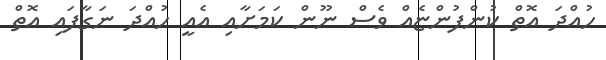
ހުއްދަ އޮތް ކުންފުންޏެއް ވެސް ނޫން ކަމަށާއި އެއީ ހުއްދަ ނަގާފައި އޮތް